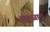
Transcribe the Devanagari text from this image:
सहजाद